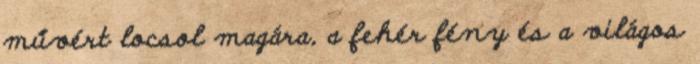
művért locsol magára, a fehér fény és a világos